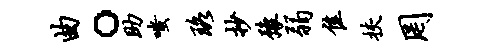
曲。助嗤珞抄豫弱隹挟罔